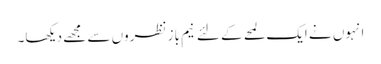
انہوں نے ایک لمحے کے لئے نیم باز نظروں سے مجھے دیکھا۔